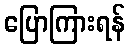
ပြောကြားရန်